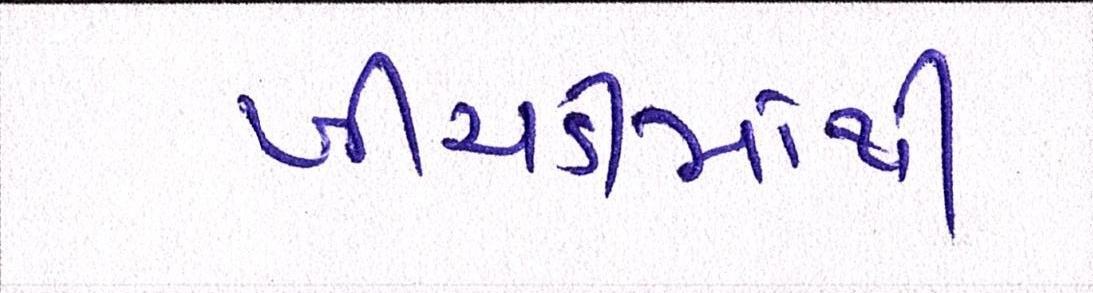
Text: ખીચડીમાંથી